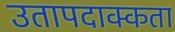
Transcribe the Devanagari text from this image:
उतापदाक्कता